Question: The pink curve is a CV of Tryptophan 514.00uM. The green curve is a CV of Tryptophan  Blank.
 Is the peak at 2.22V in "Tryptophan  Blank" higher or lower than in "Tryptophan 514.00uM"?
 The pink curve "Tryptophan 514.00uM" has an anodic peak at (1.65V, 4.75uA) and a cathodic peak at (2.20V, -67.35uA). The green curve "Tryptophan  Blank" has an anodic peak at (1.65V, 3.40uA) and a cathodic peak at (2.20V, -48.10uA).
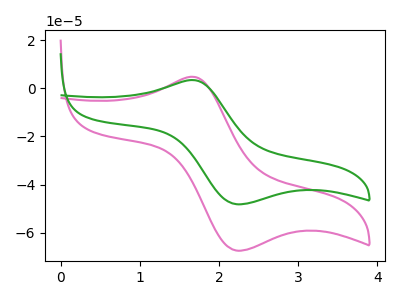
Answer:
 <answer>The peak at 2.22V is lower in "Tryptophan  Blank" than in "Tryptophan 514.00uM".</answer>
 <eval>lower</eval>